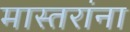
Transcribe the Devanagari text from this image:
मास्तरांना